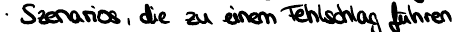
Szenarios, die zu einem Fehlschlag führen